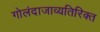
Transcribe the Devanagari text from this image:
गोलंदाजाव्यतिरिक्त